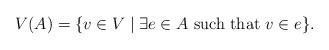
LaTeX: \begin{align*}V(A)=\{ v \in V \mid \exists e \in A \mbox { such that } v \in e\}.\end{align*}